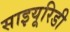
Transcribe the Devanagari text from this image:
साइयूरिडी